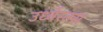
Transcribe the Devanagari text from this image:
उर्ध्वरतस